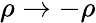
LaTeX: \rho\rightarrow-\rho